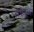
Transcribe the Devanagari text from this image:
सकेतथा